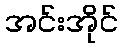
အင်းအိုင်